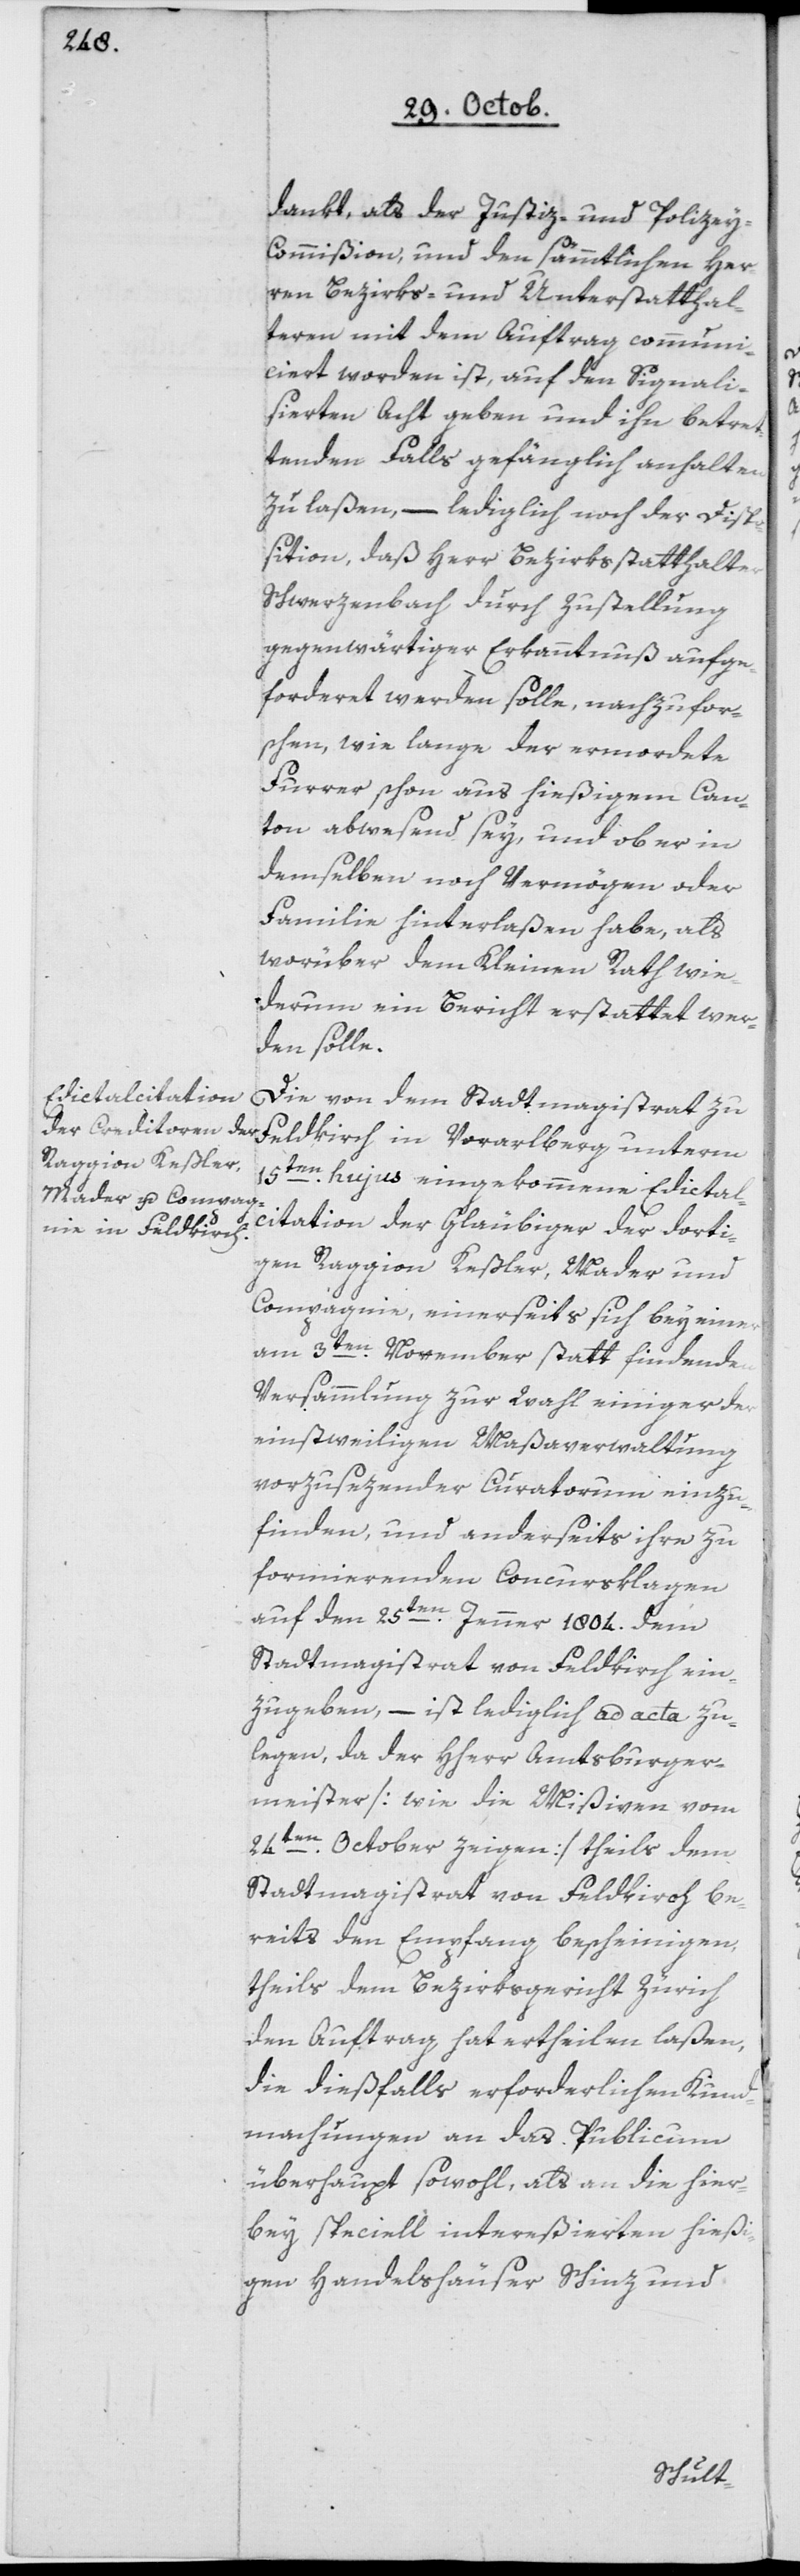
dankt, als der Justiz- und Polize¬
y-Commißion und den sämmtlichen Her¬
ren Bezirks- und Unterstatthal¬
teren mit dem Auftrag communi¬
ciert worden ist, auf den Signali¬
sierten Acht geben und ihn betret¬
tenden Falls gefänglich anhalten
zu laßen, – lediglich noch der Disp¬
osition, daß Herr Bezirksstatthalter
Schwerzenbach durch Zustellung
gegenwärtiger Erkanntnuß aufge¬
forderet werden solle, nachzufor¬
schen, wie lange der ermordete
Furrer schon aus hießigem Can¬
ton abwesend sey, und ob er in
demselben noch Vermögen oder
Familie hinterlaßen habe, als
worüber dem Kleinen Rath wie¬
derum ein Bericht erstattet wer¬
den solle.
Die von dem Stadtmagistrat zu
Feldkirch in Vorarlberg unterm
15ten hujus eingekommene Edictal¬
citation der Gläubiger der dorti¬
gen Raggion Keßler, Mader und
Compagnie, einerseits sich bey einer
am 3ten November statt findenden
Versammlung zur Wahl einiger der
einstweiligen Maßaverwaltung
vorzusezender Curatorum einzu¬
finden, und anderseits ihre zu
formierenden Conkursklagen
auf den 25ten Jenner 1804 dem
Stadtmagistrat von Feldkirch ein¬
zugeben, – ist lediglich ad acta zu
legen, da der Herr Amtsburger¬
meister [wie die Mißiven vom
24ten October zeigen) theils dem
Stadtmagistrat von Feldkirch be¬
reits den Empfang bescheinigen,
theils dem Bezirksgericht Zürich
den Auftrag hat ertheilen laßen,
die dießfalls erforderlichen Kund¬
machungen an das Publicum
überhaupt sowohl, als an die hier¬
bey speciell intereßierten hießi¬
gen Handelshäuser Schinz und